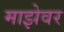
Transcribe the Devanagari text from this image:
माझेवर